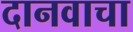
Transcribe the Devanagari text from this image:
दानवाचा